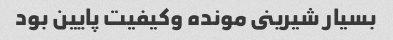
بسیار شیرینى مونده وکیفیت پایین بود